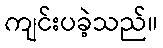
ကျင်းပခဲ့သည်။